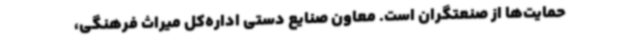
حمایت‌ها از صنعتگران است. معاون صنایع دستی اداره‌کل میراث فرهنگی،